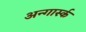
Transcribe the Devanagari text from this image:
अन्गार्स्क